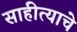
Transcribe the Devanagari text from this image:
साहीत्याचे